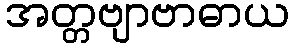
အတ္တဗျာဗာဓာယ